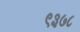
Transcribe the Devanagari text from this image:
९३७८